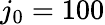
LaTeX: j_{0}=100